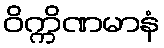
ဝိက္ကိဏမာနံ